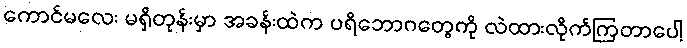
ကောင်မလေး မရှိတုန်းမှာ အခန်းထဲက ပရိဘောဂတွေကို လဲထားလိုက်ကြတာပေါ့